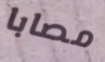
مصابا